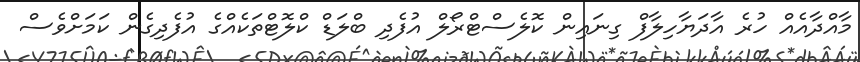
މާއްދާއެއް ހުރެ އާދަޔާހިލާފް ގިނައިން ކޮލެސްޓްރޯލް އުފެދި ބްލަޑް ކްލޮޓްތަކެއްގެ އުފެދިގެން ކަމަށްވެސް